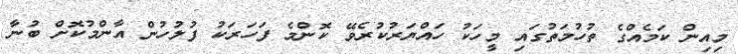
މިއިން ކަމެއްގެ ތުހުމަތުގައި މީހަކު ހައްޔަރުކުރެވޭ ކޮންމެ ފަހަރަކު ފުލުހުން އާންމުކޮށް ބުނާ